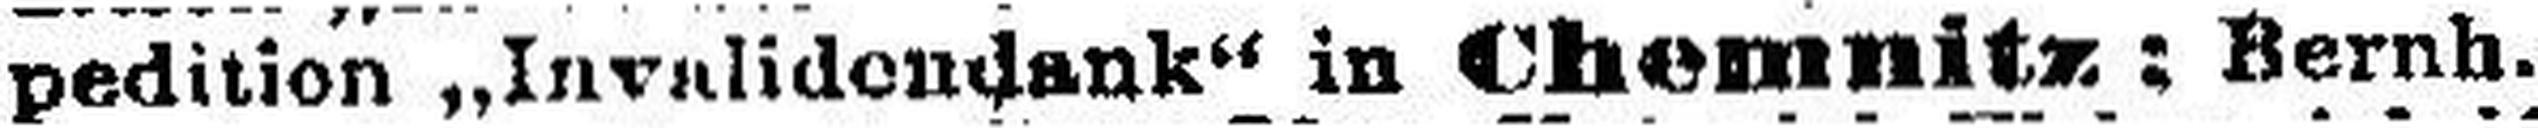
pedition „Invalidendank“ in Chemnitz ; Bernh.